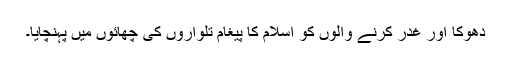
دھوکا اور غدر کرنے والوں کو اسلام کا پیغام تلواروں کی چھائوں میں پہنچایا۔